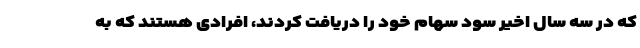
که در سه سال اخیر سود سهام خود را دریافت کردند، افرادی هستند که به